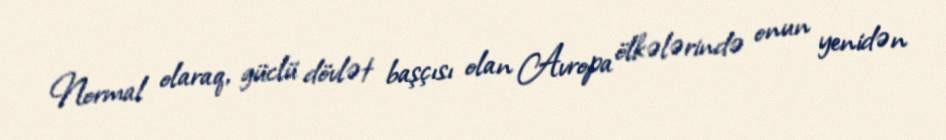
Normal olaraq, güclü dövlət başçısı olan Avropa ölkələrində onun yenidən